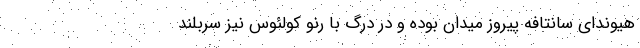
هیوندای سانتافه پیروز میدان بوده و در درگ با رنو کولئوس نیز سربلند